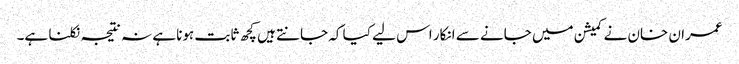
عمران خان نے کمیشن میں جانے سے انکار اس لیے کیا کہ جانتے ہیں کچھ ثابت ہونا ہے نہ نتیجہ نکلنا ہے۔